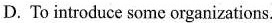
D. To introduce some organizations.